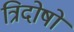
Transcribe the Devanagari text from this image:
त्रिदोषो